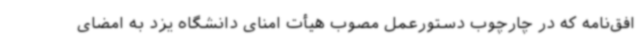
افق‌نامه که در چارچوب دستورعمل مصوب هیأت امنای دانشگاه یزد به امضای